Report on horse surra - Volume I
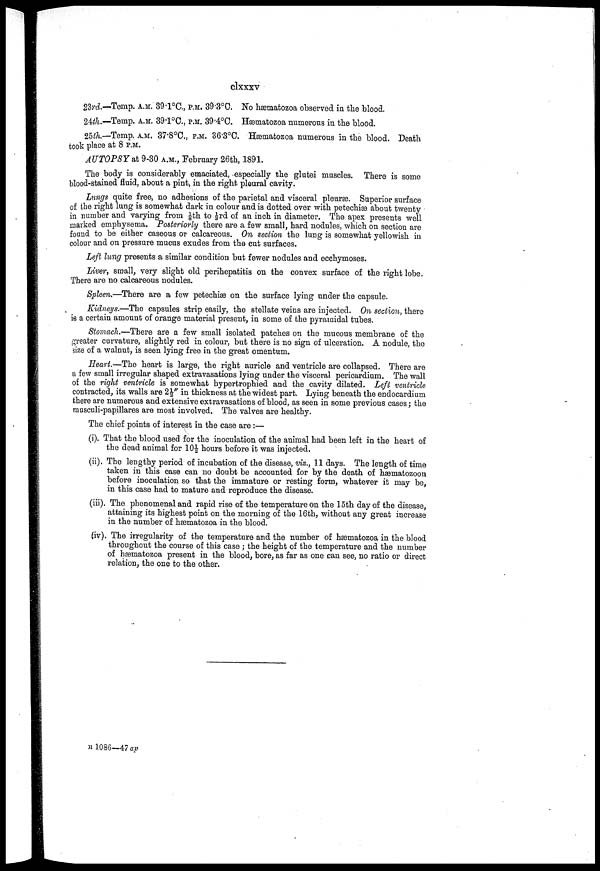
clxxxv
23rd.—Temp. A.M. 39.1°C., P.M. 39.3°C. No hæmatozoa observed in the blood.
24th.—Temp. A.M. 39.1°C., P.M. 39.4°C. Hæmatozoa numerous in the blood.
25th.—Temp. A.M. 37.8°C., P.M. 36.3°C. Hæmatozoa numerous in the blood. Death
took place at 8 P.M.
AUTOPSY at 9.30 A.M., February 26th, 1891.
The body is considerably emaciated, especially the glutei muscles. There is some
blood-stained fluid, about a pint, in the right pleural cavity.
Lungs quite free, no adhesions of the parietal and visceral pleurae. Superior surface
of the right lung is somewhat dark in colour and is dotted over with petechiæ about twenty
in number and varying from ⅛th to ⅓rd of an inch in diameter. The apes presents well
marked emphysema. Posteriorly there are a few small, hard nodules, which on section are
found to be either caseous or calcareous. On section the lung is somewhat yellowish in
colour and on pressure mucus exudes from the cut surfaces.
Left lung presents a similar condition but fewer nodules and ecchymoses.
Liver, small, very slight old perihepatitis on the convex surface of the right lobe.
There are no calcareous nodules.
Spleen.—There are a few petechiæ on the surface lying under the capsule.
Kidneys.—The capsules strip easily, the stellate veins are injected. On section, there
is a certain amount of orange material present, in some of the pyramidal tubes.
Stomach.—There are a few small isolated patches on the mucous membrane of the
greater curvature, slightly red in colour, but there is no sign of ulceration. A nodule, the
size of a walnut, is seen lying free in the great omentum.
Heart.—The heart is large, the right auricle and ventricle are collapsed. There are
a few small irregular shaped extravasations lying under the visceral pericardium. The wall
of the right ventricle is somewhat hypertrophied and the cavity dilated. Left ventricle
contracted, its walls are 2½" in thickness at the widest part. Lying beneath the endocardium
there are numerous and extensive extravasations of blood, as seen in some previous cases; the
musculi-papillares are most involved. The valves are healthy.
The chief points of interest in the case are :—
(i). That the blood used for the inoculation of the animal had been left in the heart of
the dead animal for 10½ hours before it was injected.
(ii). The lengthy period of incubation of the disease, viz., 11 days. The length of time
taken in this case can no doubt be accounted for by the death of hæmatozoon
before inoculation so that the immature or resting form, whatever it may be,
in this case had to mature and reproduce the disease.
(in). The phenomenal and rapid rise of the temperature on the 15th day of the disease,
attaining its highest point on the morning of the 16th, without any great increase
in the number of hæmatozoa in the blood.
(iv). The irregularity of the temperature and the number of hæmatozoa in the blood
throughout the course of this case ; the height of the temperature and the number
of hæmatozoa present in the blood, bore, as far as one can see, no ratio or direct
relation, the one to the other.
B 1086—47 ap